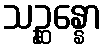
သဉ္ဆန္နော